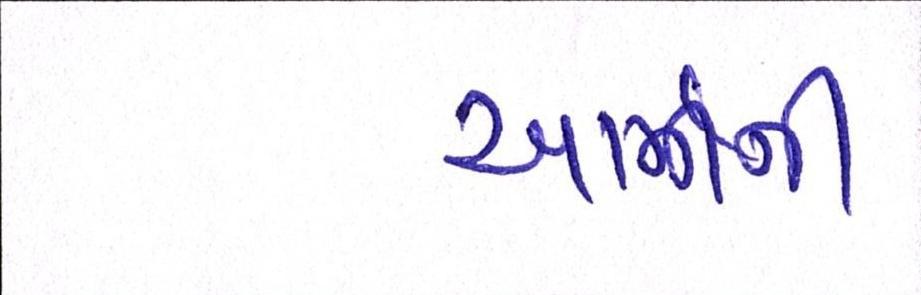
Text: આર્મીની